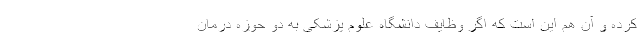
کرده و آن هم این است که اگر وظایف دانشگاه علوم پزشکی به دو حوزه درمان